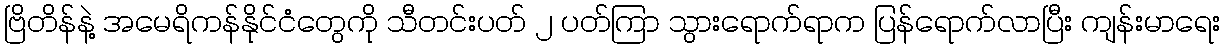
ဗြိတိန်နဲ့ အမေရိကန်နိုင်ငံတွေကို သီတင်းပတ် ၂ ပတ်ကြာ သွားရောက်ရာက ပြန်ရောက်လာပြီး ကျန်းမာရေး